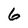
Character: 6